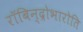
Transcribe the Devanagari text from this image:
रॉबिन्द्रोभारोति